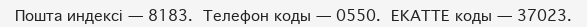
Пошта индексі — 8183. Телефон коды — 0550. ЕКАТТЕ коды — 37023.